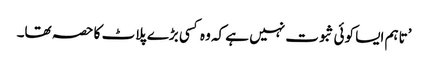
’تاہم ایسا کوئی ثبوت نہیں ہے کہ وہ کسی بڑے پلاٹ کا حصہ تھا۔